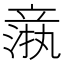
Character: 𬔦